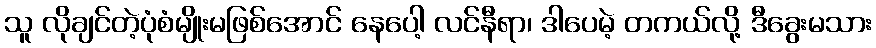
သူ လိုချင်တဲ့ပုံစံမျိုးမဖြစ်အောင် နေပေါ့ လင်နီရာ၊ ဒါပေမဲ့ တကယ်လို့ ဒီခွေးမသား